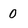
Character: 0